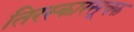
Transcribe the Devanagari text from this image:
तिरस्कारसूचक